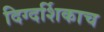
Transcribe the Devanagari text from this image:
दिग्दर्शिकाच